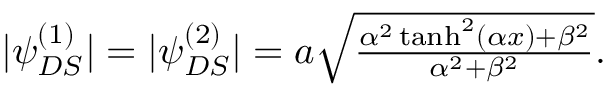
\begin{array} { r } { | \psi _ { D S } ^ { ( 1 ) } | = | \psi _ { D S } ^ { ( 2 ) } | = a \sqrt { \frac { \alpha ^ { 2 } \operatorname { t a n h } ^ { 2 } ( \alpha x ) + \beta ^ { 2 } } { \alpha ^ { 2 } + \beta ^ { 2 } } } . } \end{array}